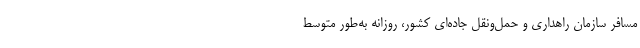
مسافر سازمان راهداری و حمل‌ونقل جاده‌ای کشور، روزانه به‌طور متوسط